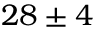
2 8 \pm 4